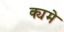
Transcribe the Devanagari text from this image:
क्यमे